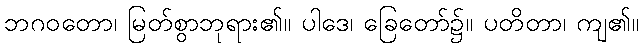
ဘဂဝတော၊ မြတ်စွာဘုရား၏။ ပါဒေ၊ ခြေတော်၌။ ပတိတာ၊ ကျ၏။